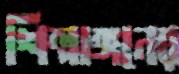
শিল্পাঙ্গনের